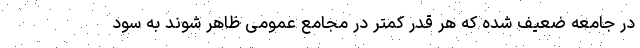
در جامعه ضعیف شده که هر قدر کمتر در مجامع عمومی ظاهر شوند به سود